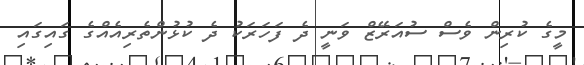
މީގެ ކުރިން ވެސް ސުއަރޭޒް ވަނީ ދެ ފަހަރަކު ދެ ކުޅުންތެރިއެއްގެ ގައިގައި